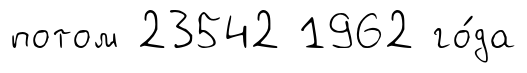
потом 23542 1962 го́да